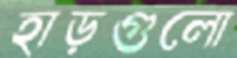
হাড়গুলো